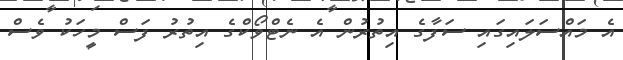
އެ މައްސަލައިގައި ސަފާގެ އިތުރުން އެ ނެޓްވޯކްގެ އިތުރު ފަސް މީހަކު ވެސް